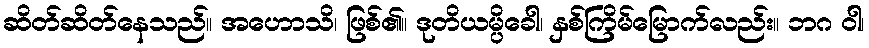
ဆိတ်ဆိတ်နေသည်။ အဟောသိ၊ ဖြစ်၏။ ဒုတိယမ္ပိခေါ၊ နှစ်ကြိမ်မြောက်လည်း။ ဘဂ ဝါ၊